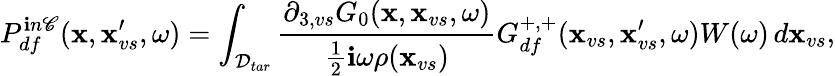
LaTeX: P_{df}^{\mathbf{i}n\mathscr{C}}(\textbf{{x}},\textbf{{x}}_{vs}^{\prime},\omega)=\int_{\mathcal{{D}}_{tar}}\frac{{\partial_{3,vs}G_{0}(\textbf{{x}},\textbf{{x}}_{vs},\omega)}}{{\frac{{1}}{{2}}\mathbf{i}\omega\rho(\textbf{{x}}_{vs})}}G_{df}^{+,+}(\textbf{{x}}_{vs},\textbf{{x}}_{vs}^{\prime},\omega)W(\omega)\, d\textbf{{x}}_{vs},